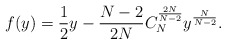
\begin{align*}f(y) = \frac{1}{2}y - \frac{N-2}{2N} C_N^{\frac{2N}{N-2}} y^{\frac{N}{N-2}}.\end{align*}